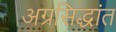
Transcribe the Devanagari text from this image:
अग्रसिद्धांत